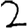
Digit: 2